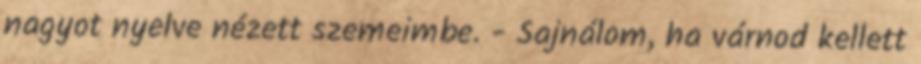
nagyot nyelve nézett szemeimbe. - Sajnálom, ha várnod kellett